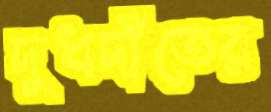
দুধদাঁতের